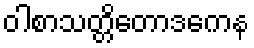
ဝါစာသတ္တိတောဒကေန